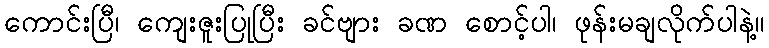
ကောင်းပြီ၊ ကျေးဇူးပြုပြီး ခင်ဗျား ခဏ စောင့်ပါ၊ ဖုန်းမချလိုက်ပါနဲ့။